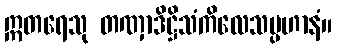
ဣတရေသု တဏှာဒိဋ္ဌိသံကိလေသပ္ပဟာနံ။